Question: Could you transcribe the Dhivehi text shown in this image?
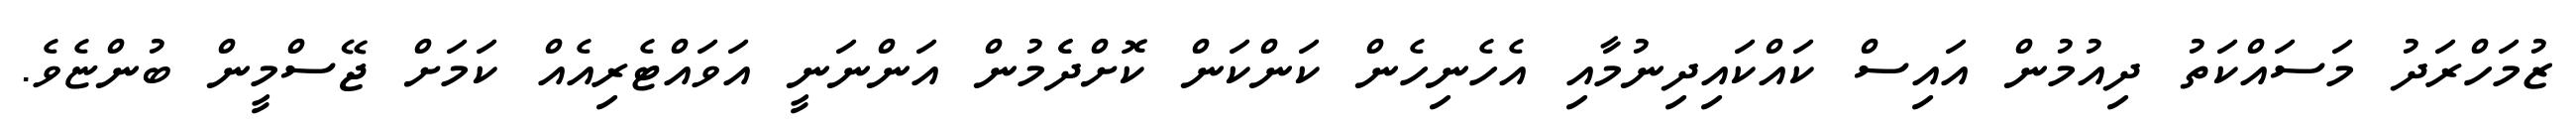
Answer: ޒުމަހްރަދު މަސައްކަތު ދިއުމުން އައިސް ކައްކައިދިނުމާއި އެހެނިހެން ކަންކަން ކޮށްދެެމުން އަންނަނީ އަވައްޓެރިއެއް ކަމަށް ޖޭސްމީން ބުންޏެވެ.